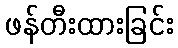
ဖန်တီးထားခြင်း